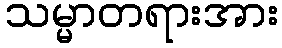
သမ္မာတရားအား